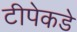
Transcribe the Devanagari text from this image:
टीपेकडे